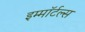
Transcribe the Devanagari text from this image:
इम्माॅर्टल्स